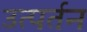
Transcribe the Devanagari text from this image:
उत्पर्तन